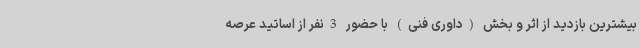
بیشترین بازدید از اثر و بخش (داوری فنی) با حضور 3نفر از اساتید عرصه